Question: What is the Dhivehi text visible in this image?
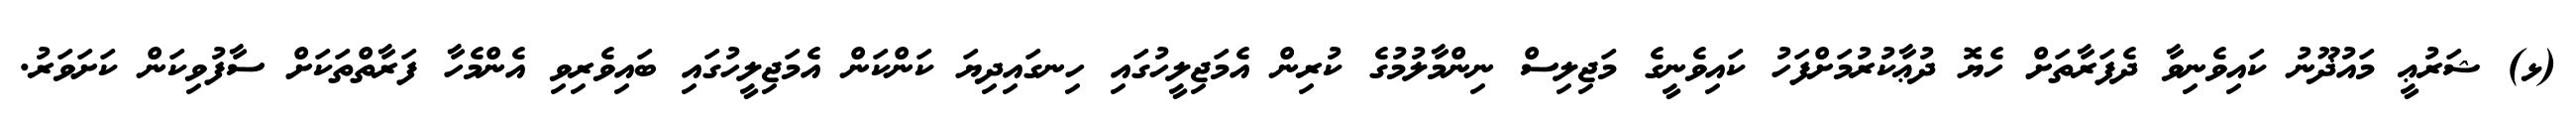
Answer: (ޅ) ޝަރުޢީ މައުޛޫނު ކައިވެނިވާ ދެފަރާތަށް ހެޔޮ ދުޢާކުރުމަށްފަހު ކައިވެނީގެ މަޖިލިސް ނިންމާލުމުގެ ކުރިން އެމަޖިލީހުގައި ހިނގައިދިޔަ ކަންކަން އެމަޖިލީހުގައި ބައިވެރިވި އެންމެހާ ފަރާތްތަކަށް ސާފުވިކަން ކަށަވަރު.